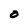
Character: 0